Investigations on Bengal jail dietaries - Number 37
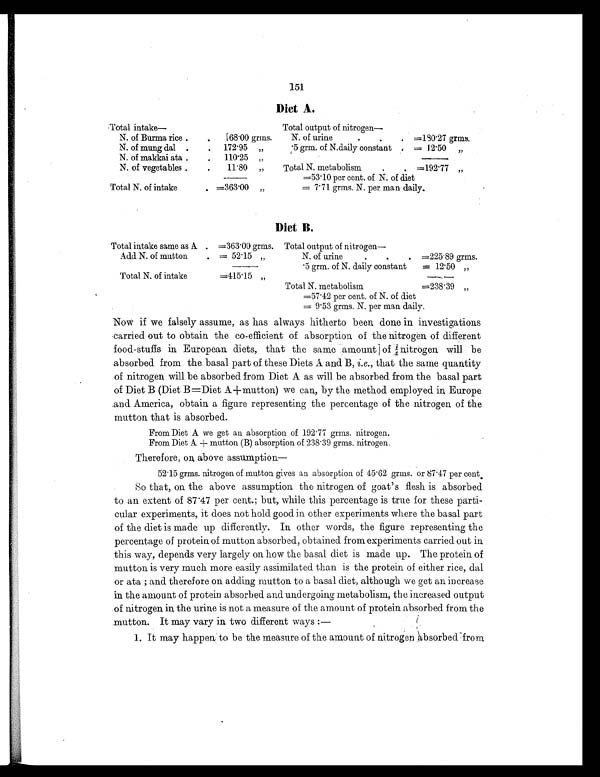
151
Diet A.
Total intake—
Total output of nitrogen—
N. of Burma rice .
.
68.00 grms.
N. of urine
.
.
. =180.27 grms.
N. of mung dal .
.
172.95 „
.5 grm. of N.daily constant
. = 12.50 „
N. of makkai ata .
.
110.25 „
N. of vegetables .
.
11.80 „
Total N. metabolism
.
. =192.77 „
=53.10 per cent. of N. of diet
Total N. of intake
. =363.00 „
= 7.71 grms. N. per man daily.
Diet B.
Total intake same as A . =363.00 grms. Total output of nitrogen—
Add N. of mutton
. = 52.15 „
N. of urine
.
.
.
=225.89 g rms.
.5 grm. of N. daily constant
= 12.50
„
Total N. of intake
=415.15 „
Total N. metabolism
=238.39
„
=57.42 per cent. of N. of diet
= 9.53 grms. N. per man daily.
Now if we falsely assume, as has always hitherto been done in investigations
carried out to obtain the co-efficient of absorption of the nitrogen of different
food-stuffs in European diets, that the same amount of nitrogen will be
absorbed from the basal part of these Diets A and B, i.e., that the same quantity
of nitrogen will be absorbed from Diet A as will be absorbed from the basal part
of Diet B (Diet B=Diet A+mutton) we can, by the method employed in Europe
and America, obtain a figure representing the percentage of the nitrogen of the
mutton that is absorbed.
From Diet A we get an absorption of 192.77 grms. nitrogen.
From Diet A + mutton (B) absorption of 238.39 grms. nitrogen.
Therefore, on above assumption
—
52.15 grms. nitrogen of mutton gives an absorption of 45.62 grms. or 87.47 per cent.
So that, on the above assumption the nitrogen of goat's flesh is absorbed
to an extent of 87.47 per cent.; but, while this percentage is true for these parti-
cular experiments, it does not hold good in other experiments where the basal part
of the diet is made up differently. In other words, the figure representing the
percentage of protein of mutton absorbed, obtained from experiments carried out in
this way, depends very largely on how the basal diet is made up. The protein of
mutton is very much more easily assimilated than is the protein of either rice, dal
or ata ; and therefore on adding mutton to a basal diet, although we get an increase
in the amount of protein absorbed and undergoing metabolism, the increased output
of nitrogen in the urine is not a measure of the amount of protein absorbed from the
mutton. It may vary in two different ways :—
1. It may happen to be the measure of the amount of nitrogen absorbed from